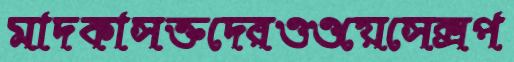
মাদকাসক্তদেরওওয়েসেক্সপ